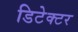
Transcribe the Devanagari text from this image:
डिटेक्‍टर